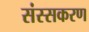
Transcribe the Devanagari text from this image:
संस्सकरण